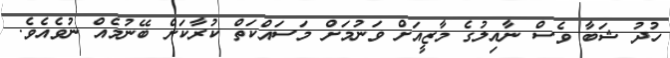
ހުދު ޝަބާ ވެސް ނާއިލުގެ މާޒީއަށް ވަނުމަށް މަސައްކަތް ކުރާކަށް ބޭނުމެއް ނުވެއެވެ.